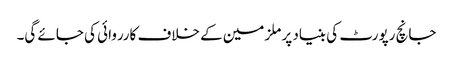
جانچ رپورٹ کی بنیاد پر ملزمین کے خلاف کارروائی کی جائے گی۔